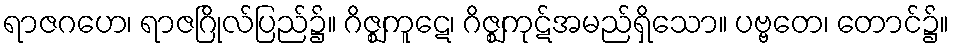
ရာဇဂဟေ၊ ရာဇဂြိုလ်ပြည်၌။ ဂိဇ္ဈကူဋေ၊ ဂိဇ္ဈကုဋ်အမည်ရှိသော။ ပဗ္ဗတေ၊ တောင်၌။